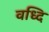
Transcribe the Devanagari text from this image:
वध्दि